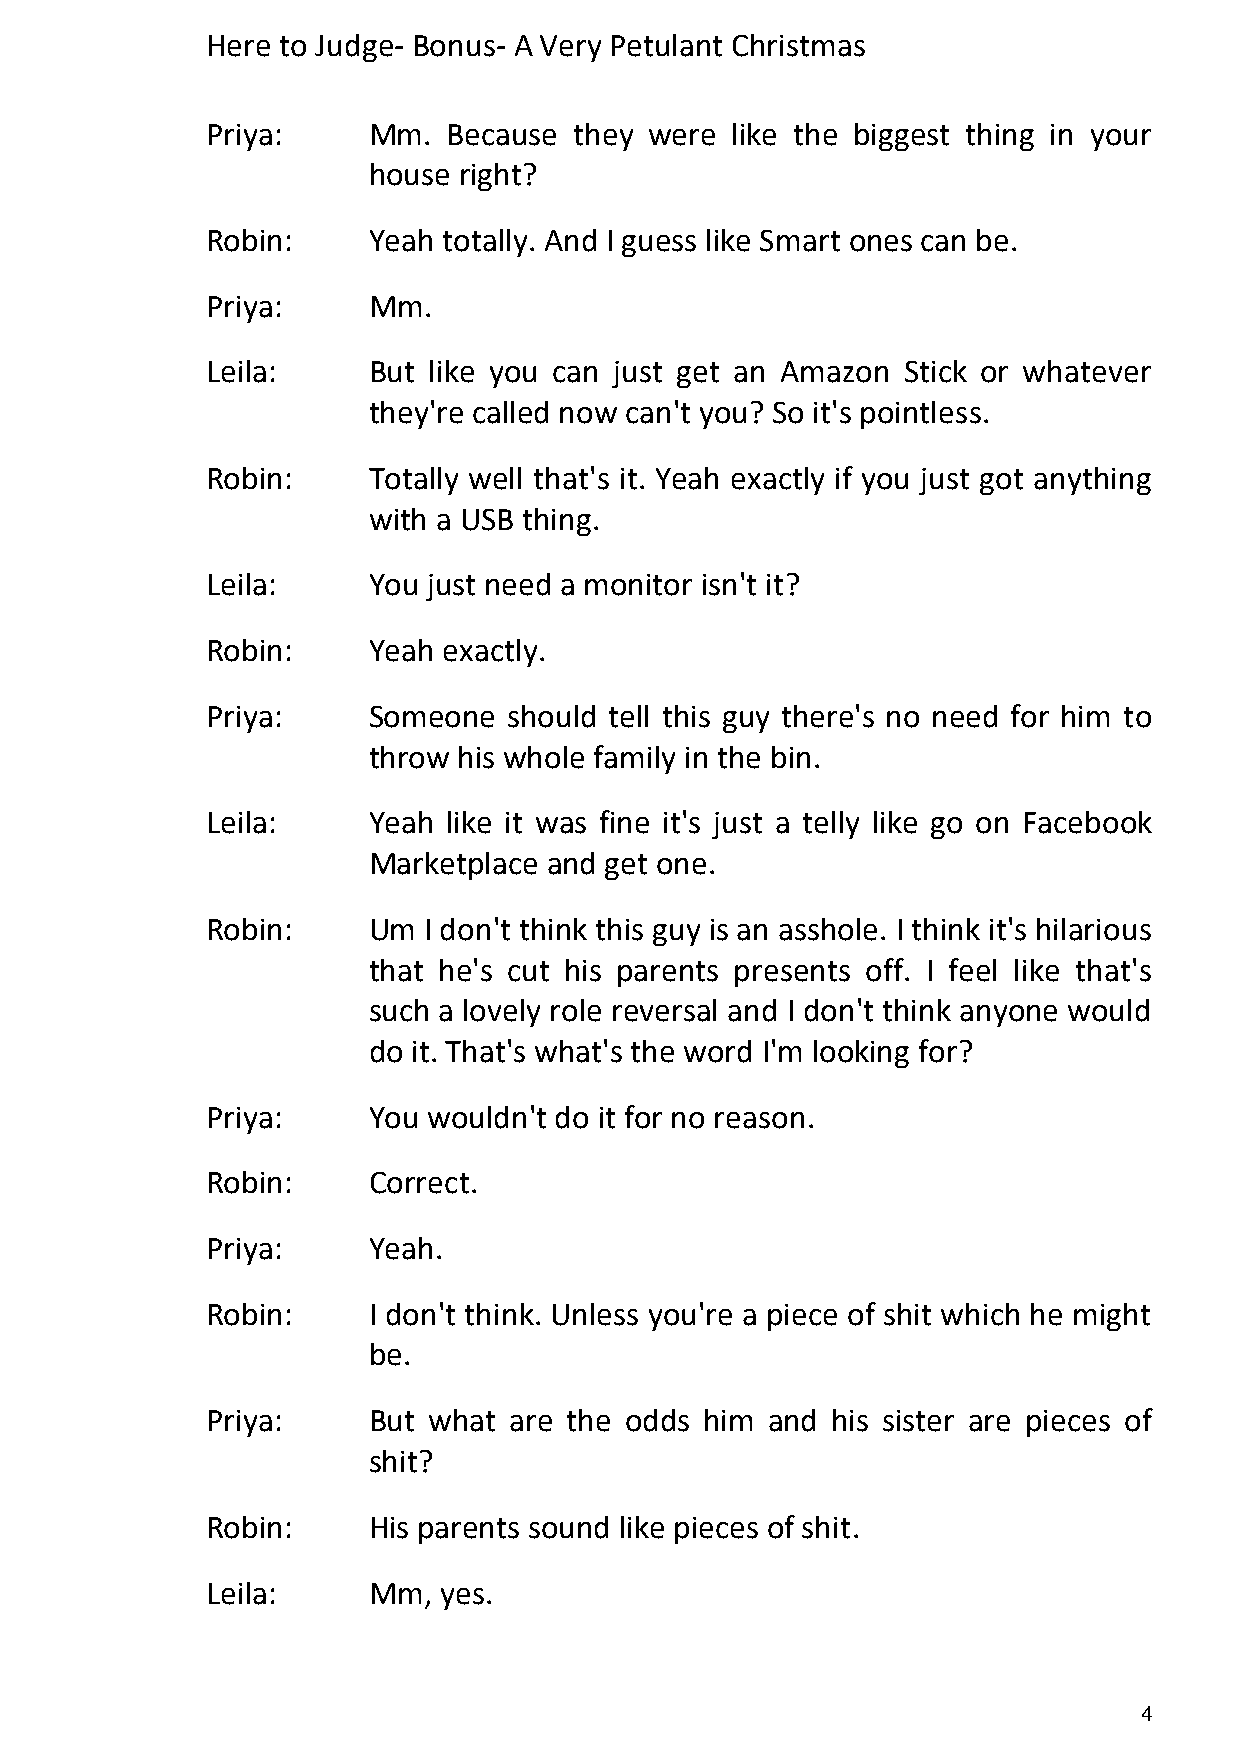
Here to Judge- Bonus- A Very Petulant Christmas
 Priya:    Mm.   Because they were like the biggest thing in your
 house right?
 Robin:    Yeah totally. And I guess like Smart ones can be.
 Priya:    Mm.
 Leila:    But like you can just get an Amazon Stick or whatever
 they're called now can't you? So it's pointless.
 Robin:    Totally well that's it. Yeah exactly if you just got anything
 with a USB thing.
 Leila:    You just need a monitor isn't it?
 Robin:    Yeah exactly.
 Priya:    Someone   should tell this guy there's no need for him to
 throw his whole family in the bin.
 Leila:    Yeah  like it was fine it's just a telly like go on Facebook
 Marketplace and get one.
 Robin:    Um  I don't think this guy is an asshole. I think it's hilarious
 that he's cut his parents presents off. I feel like that's
 such a lovely role reversal and I don't think anyone would
 do it. That's what's the word I'm looking for?
 Priya:    You wouldn't do it for no reason.
 Robin:    Correct.
 Priya:    Yeah.
 Robin:    I don't think. Unless you're a piece of shit which he might
 be.
 Priya:    But what  are the odds him and his sister are pieces of
 shit?
 Robin:    His parents sound like pieces of shit.
 Leila:    Mm,  yes.
 4